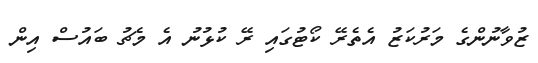
ޒުވާނުންގެ މަރުކަޒު އެތެރޭ ކޯޓުގައި ރޭ ކުޅުނު އެ މެޗު ބައުސް އިން